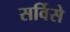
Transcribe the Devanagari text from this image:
सर्विसे